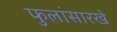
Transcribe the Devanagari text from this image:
फुलांसारखे